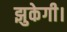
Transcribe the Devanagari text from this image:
झुकेगी।